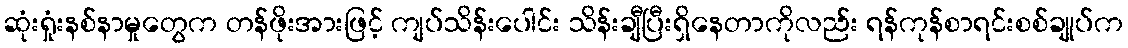
ဆုံးရှုံးနစ်နာမှုတွေက တန်ဖိုးအားဖြင့် ကျပ်သိန်းပေါင်း သိန်းချီပြီးရှိနေတာကိုလည်း ရန်ကုန်စာရင်းစစ်ချုပ်က